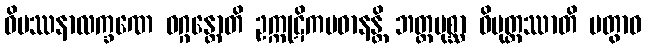
ဝိပဿနာလက္ခဏေ ဝဂ္ဂန္တောတိ ဥက္ကုဋိကပဓာနန္တိ ဘတ္တမုစ္ဆာ ဝိမုတ္တဿာတိ ပတွာဝ